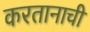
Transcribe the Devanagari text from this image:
करतानाची